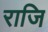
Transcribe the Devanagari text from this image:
राजि